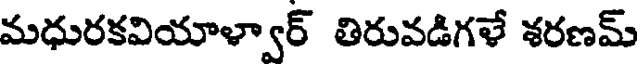
మధురకవియాళ్వార్ తిరువడిగళే శరణమ్